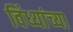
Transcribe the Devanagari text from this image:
विंध्यांच्या